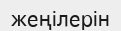
жеңілерін